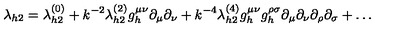
\lambda _ { h 2 } = \lambda _ { h 2 } ^ { ( 0 ) } + k ^ { - 2 } \lambda _ { h 2 } ^ { ( 2 ) } g _ { h } ^ { \mu \nu } \partial _ { \mu } \partial _ { \nu } + k ^ { - 4 } \lambda _ { h 2 } ^ { ( 4 ) } g _ { h } ^ { \mu \nu } g _ { h } ^ { \rho \sigma } \partial _ { \mu } \partial _ { \nu } \partial _ { \rho } \partial _ { \sigma } + \ldots